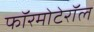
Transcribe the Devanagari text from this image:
फॉरमोटेरॉल